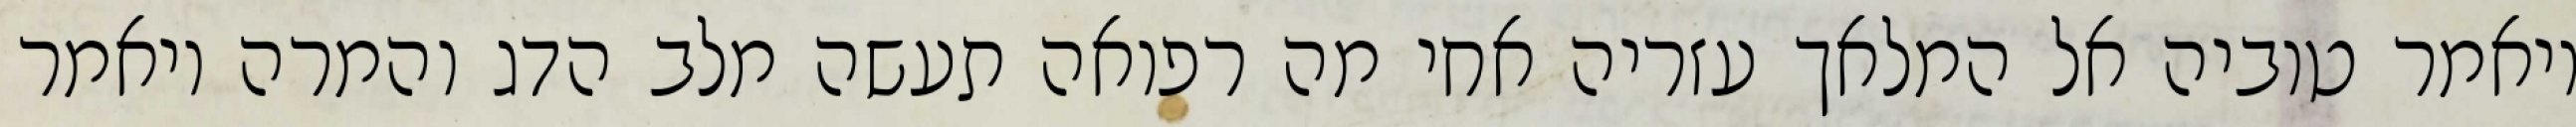
ויאמר טוביה אל המלאך עזריה אחי מה רפואה תעשה מלב הדג והמרה ויאמר